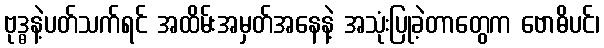
ဗုဒ္ဓနဲ့ပတ်သက်ရင် အထိမ်းအမှတ်အနေနဲ့ အသုံးပြုခဲ့တာတွေက ဗောဓိပင်၊